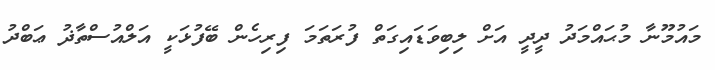
މައުމޫނާ މުޙައްމަދު ދީދީ އަށް ލިބިވަޑައިގަތް ފުރަތަމަ ފިރިހެން ބޭފުޅަކީ އަލްއުސްތާޛު ޢަބްދު